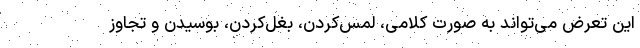
این تعرض می‌تواند به صورت کلامی، لمس‌کردن، بغل‌کردن، بوسیدن و تجاوز